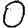
Digit: 0